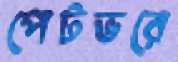
পেটভরে